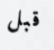
قبل